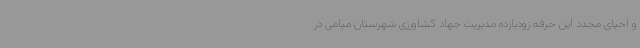
و احیای مجدد این حرفه زودبازده مدیریت جهاد کشاورزی شهرستان میامی در